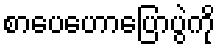
စာပေဟောပြောပွဲကို